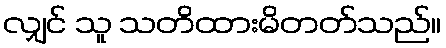
လျှင် သူ သတိထားမိတတ်သည်။